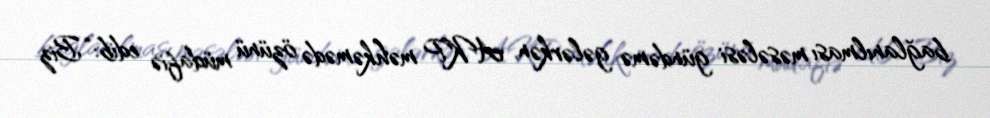
bağlanılması məsələsi gündəmə gələrkən, AKP məhkəmədə özünü müdafiə edib: “Biz